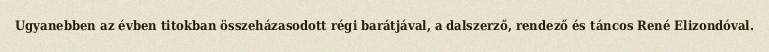
Ugyanebben az évben titokban összeházasodott régi barátjával, a dalszerző, rendező és táncos René Elizondóval.